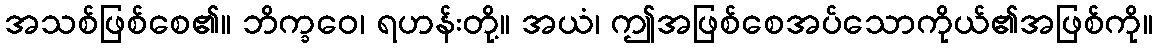
အသစ်ဖြစ်စေ၏။ ဘိက္ခဝေ၊ ရဟန်းတို့။ အယံ၊ ဤအဖြစ်စေအပ်သောကိုယ်၏အဖြစ်ကို။